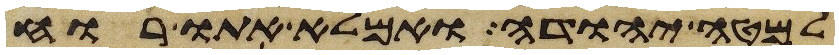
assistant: למטה יהודה ואמלא אתו רוח